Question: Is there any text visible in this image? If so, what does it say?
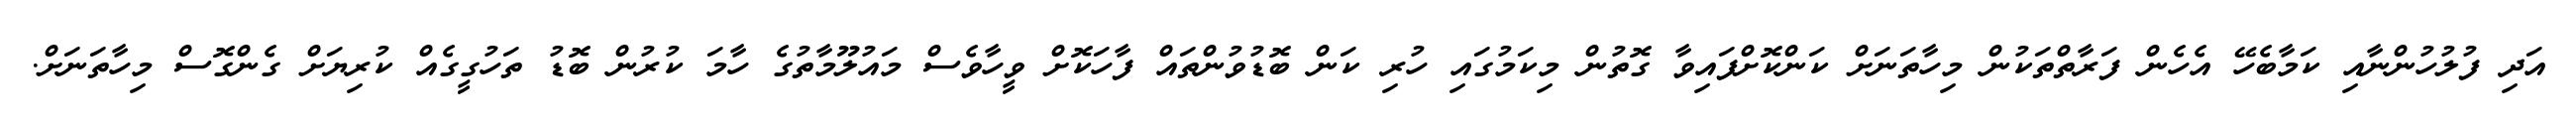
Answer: އަދި ފުލުހުންނާއި ކަމާބެހޭ އެހެން ފަރާތްތަކުން މިހާތަނަށް ކަންކޮށްފައިވާ ގޮތުން މިކަމުގައި ހުރި ކަން ބޮޑުވުންތައް ފާހަކޮށް ވީހާވެސް މައުލޫމާތުގެ ހާމަ ކުރުން ބޮޑު ތަހުގީގެއް ކުރިޔަށް ގެންގޮސް މިހާތަނަށް.